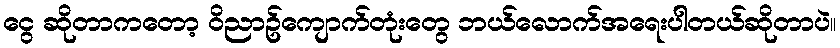
ငွေ ဆိုတာကတော့ ဝိညာဥ်ကျောက်တုံးတွေ ဘယ်လောက်အရေးပါတယ်ဆိုတာပဲ။